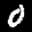
Label: 0